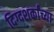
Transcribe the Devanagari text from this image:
दिग्दशर्कांच्या